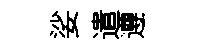
娑遣遵